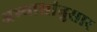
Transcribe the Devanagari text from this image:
अभ्यासांनुसार